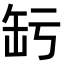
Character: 𦈣